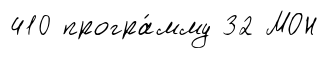
410 програ́мму 32 МОН